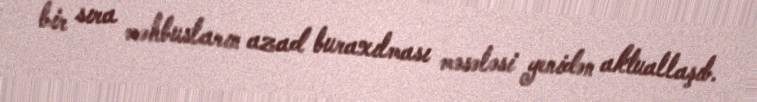
bir sıra məhbusların azad buraxılması məsələsi yenidən aktuallaşıb.